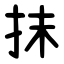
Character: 抺